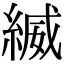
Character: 縅